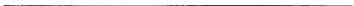
___